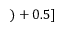
) + 0 . 5 ]